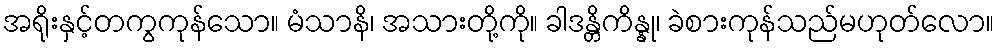
အရိုးနှင့်တကွကုန်သော။ မံသာနိ၊ အသားတို့ကို။ ခါဒန္တိကိန္နု၊ ခဲစားကုန်သည်မဟုတ်လော။